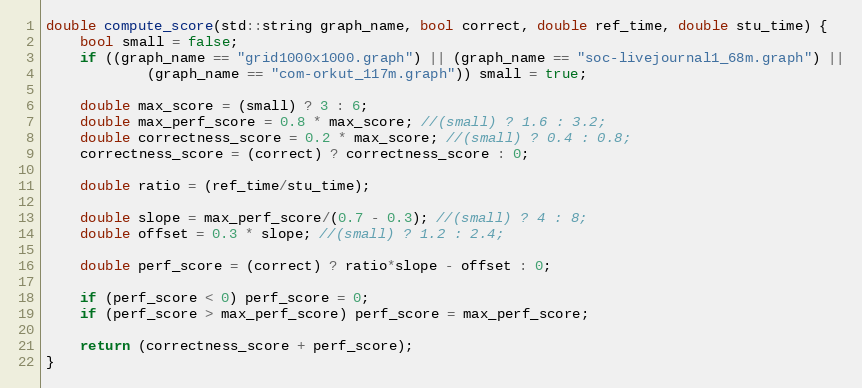
Language: C++
double compute_score(std::string graph_name, bool correct, double ref_time, double stu_time) {
    bool small = false;
    if ((graph_name == "grid1000x1000.graph") || (graph_name == "soc-livejournal1_68m.graph") ||
            (graph_name == "com-orkut_117m.graph")) small = true;

    double max_score = (small) ? 3 : 6;
    double max_perf_score = 0.8 * max_score; //(small) ? 1.6 : 3.2;
    double correctness_score = 0.2 * max_score; //(small) ? 0.4 : 0.8;
    correctness_score = (correct) ? correctness_score : 0;

    double ratio = (ref_time/stu_time);

    double slope = max_perf_score/(0.7 - 0.3); //(small) ? 4 : 8;
    double offset = 0.3 * slope; //(small) ? 1.2 : 2.4;

    double perf_score = (correct) ? ratio*slope - offset : 0;

    if (perf_score < 0) perf_score = 0;
    if (perf_score > max_perf_score) perf_score = max_perf_score;

    return (correctness_score + perf_score);
}